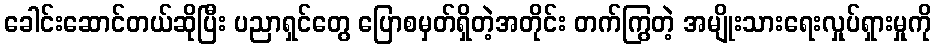
ခေါင်းဆောင်တယ်ဆိုပြီး ပညာရှင်တွေ ပြောစမှတ်ရှိတဲ့အတိုင်း တက်ကြွတဲ့ အမျိုးသားရေးလှုပ်ရှားမှုကို